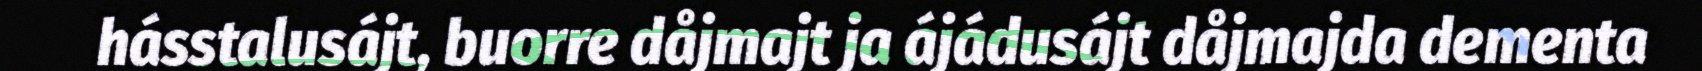
hásstalusájt, buorre dåjmajt ja ájádusájt dåjmajda dementa